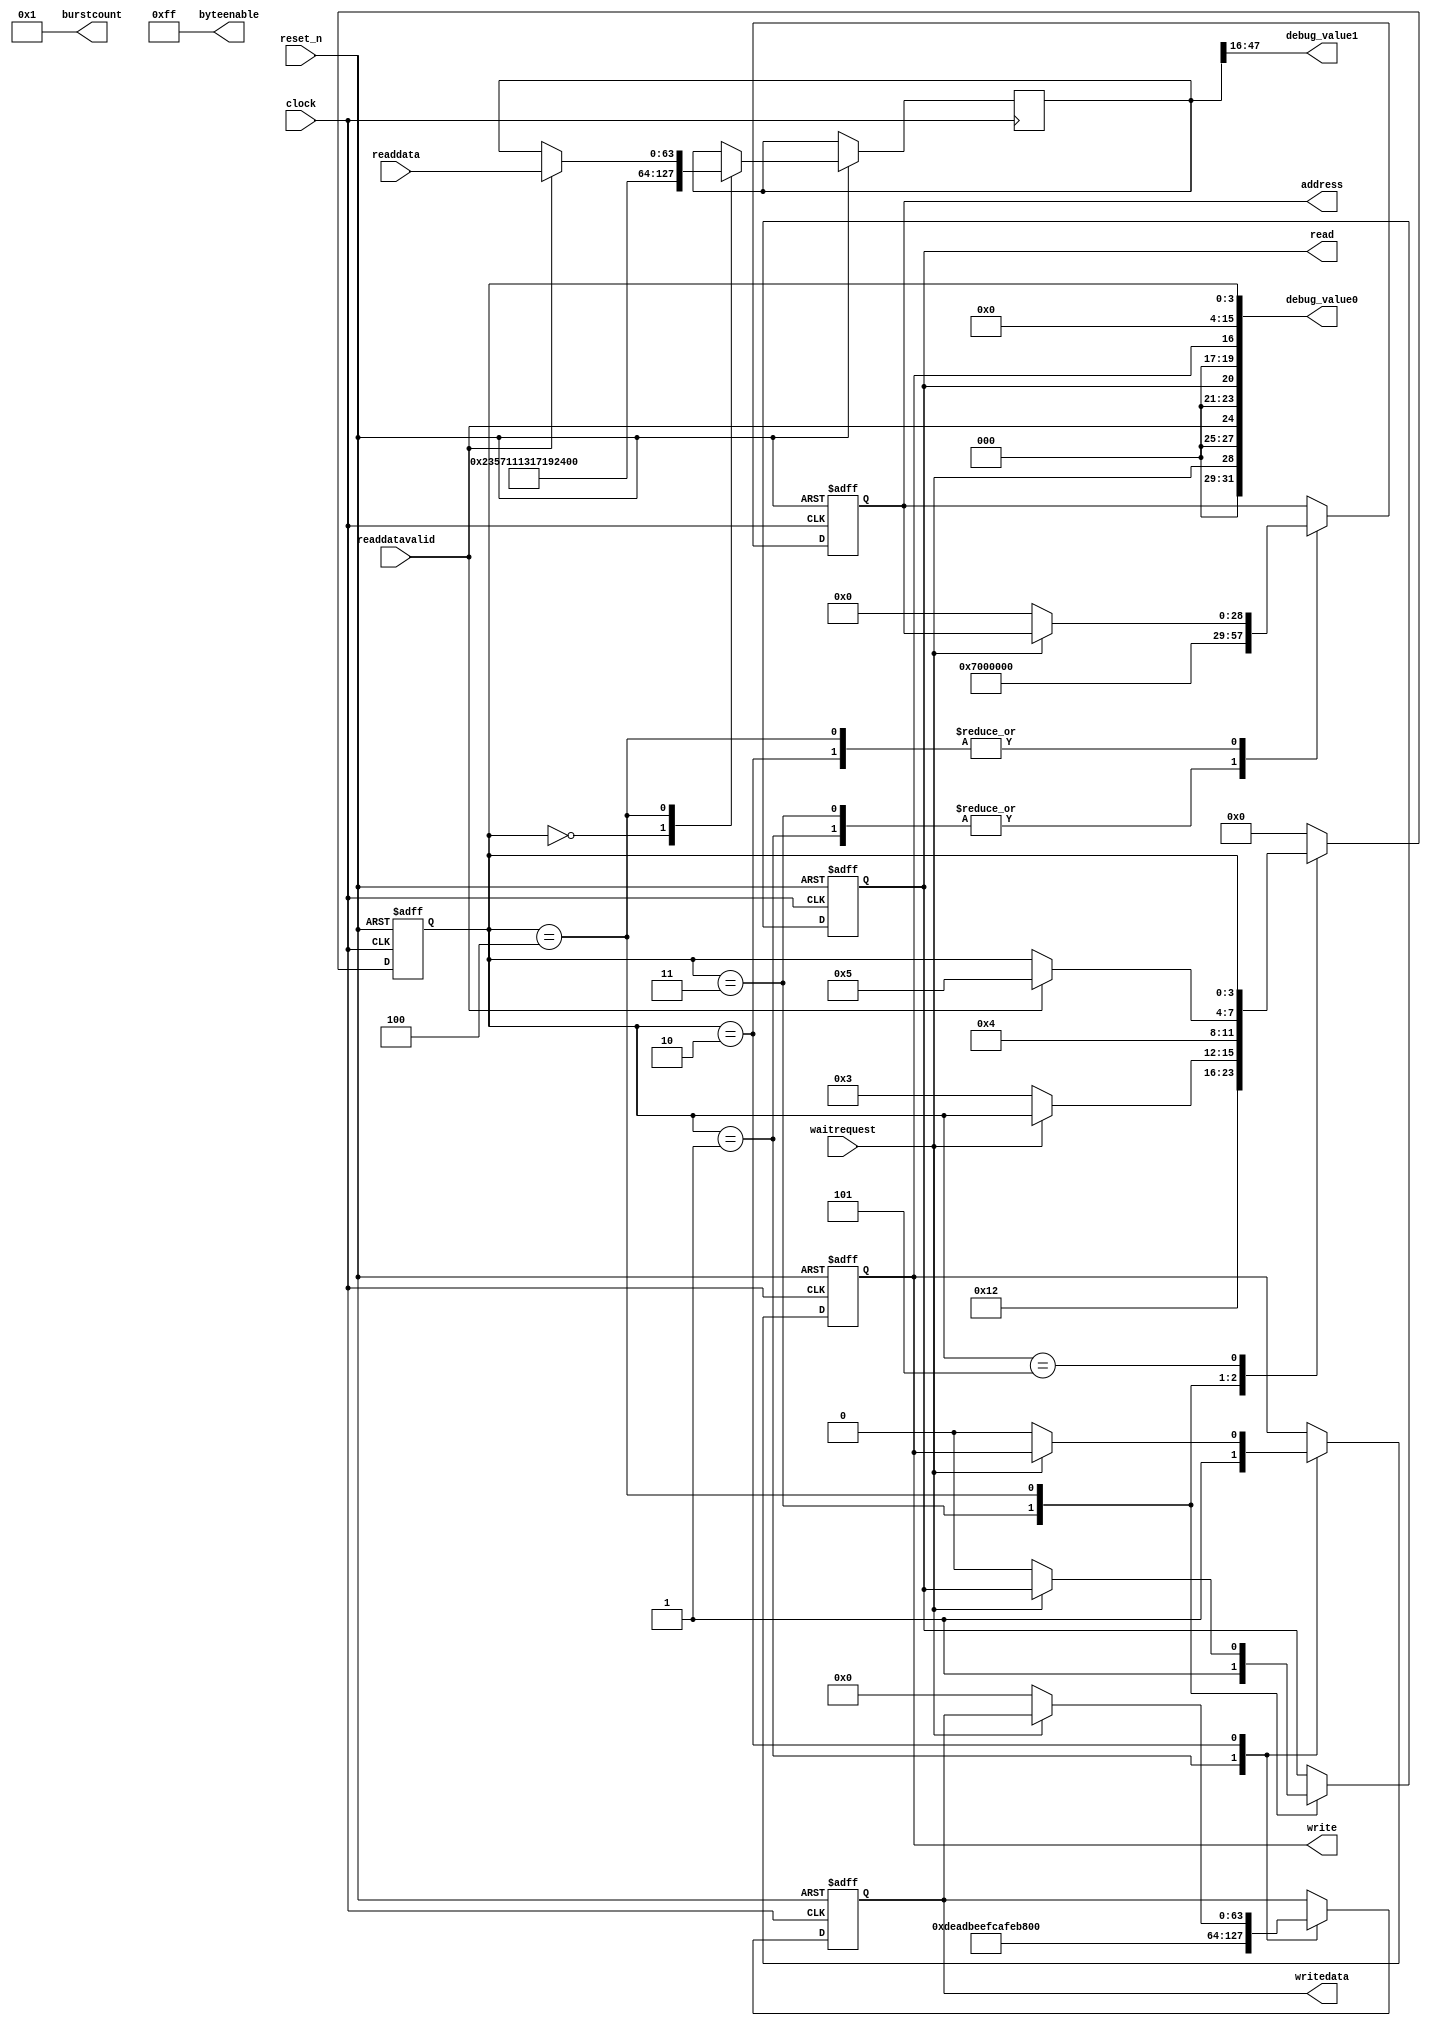
module SDRAM_test(
    input wire clock,
    input wire reset_n,
    output reg [28:0] address,
    output wire [7:0] burstcount,
    input wire waitrequest,
    input wire [63:0] readdata,
    input wire readdatavalid,
    output reg read,
    output reg [63:0] writedata,
    output wire [7:0] byteenable,
    output reg write,
    output wire [31:0] debug_value0,
    output wire [31:0] debug_value1
);

// State machine.
localparam STATE_INIT = 4'h0;
localparam STATE_WRITE_START = 4'h1;
localparam STATE_WRITE_WAIT = 4'h2;
localparam STATE_READ_START = 4'h3;
localparam STATE_READ_WAIT = 4'h4;
localparam STATE_DONE = 4'h5;
reg [3:0] state;

// Registers and assignments.
assign burstcount = 8'h01;
assign byteenable = 8'hFF;
reg [63:0] data;
// 1G minus 128M, in 64-bit units:
localparam TEST_ADDRESS = 29'h0700_0000;

// Debug output.
assign debug_value0 = { 3'b0, waitrequest, 3'b0, readdatavalid, 3'b0, read, 3'b0, write, 12'b0, state };
assign debug_value1 = data[47:16];

always @(posedge clock or negedge reset_n) begin
    if (!reset_n) begin
        state <= STATE_INIT;
        address <= 29'h0;
        read <= 1'b0;
        writedata <= 64'h0;
        write <= 1'b0;
    end else begin
        case (state)
            STATE_INIT: begin
                // Dummy state to start.
                state <= STATE_WRITE_START;
                data <= 64'h2357_1113_1719_2329;
            end

            STATE_WRITE_START: begin
                // Initiate a write.
                address <= TEST_ADDRESS;
                writedata <= 64'hDEAD_BEEF_CAFE_BABE;
                write <= 1;
                state <= STATE_WRITE_WAIT;
            end

            STATE_WRITE_WAIT: begin
                // Wait until we're not requested to wait.
                if (!waitrequest) begin
                    address <= 29'h0;
                    writedata <= 64'h0;
                    write <= 1'b0;
                    state <= STATE_READ_START;
                end
            end

            STATE_READ_START: begin
                // Initiate a read.
                address <= TEST_ADDRESS;
                read <= 1'b1;
                state <= STATE_READ_WAIT;
            end

            STATE_READ_WAIT: begin
                // When no longer told to wait, deassert the request lines.
                if (!waitrequest) begin
                    address <= 29'h0;
                    read <= 1'b0;
                end

                // If we have data, grab it and we're done.
                if (readdatavalid) begin
                    data <= readdata;
                    state <= STATE_DONE;
                end
            end

            STATE_DONE: begin
                // Nothing, stay here.
            end

            default: begin
                // Bug. Just restart.
                state <= STATE_INIT;
            end
        endcase
    end
end

endmodule